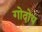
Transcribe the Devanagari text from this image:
गोदोय